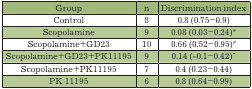
| Group | n | Discrimination index |
 | --- | --- | --- |
 | Control | 8 | 0.8 (0.75–0.9) |
 | Scopolamine | 9 | 0.08 (0.03–0.24)* |
 | Scopolamine+GD23 | 10 | 0.66 (0.52–0.95)# |
 | Scopolamine+GD23+PK11195 | 9 | 0.14 (-0.1–0.42)^ |
 | Scopolamine+PK11195 | 7 | 0.4 (0.23–0.44) |
 | PK 11195 | 6 | 0.8 (0.64–0.99) |